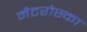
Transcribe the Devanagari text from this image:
मैटरोस्का